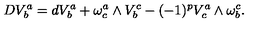
D V _ { b } ^ { a } = d V _ { b } ^ { a } + \omega _ { c } ^ { a } \wedge V _ { b } ^ { c } - ( - 1 ) ^ { p } V _ { c } ^ { a } \wedge \omega _ { b } ^ { c } .